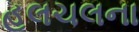
હલચલના